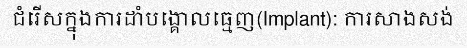
ជំរើសក្នុងការដាំបង្គោលធ្មេញ(Implant): ការសាងសង់